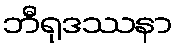
ဘီရုဒဿနာ